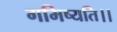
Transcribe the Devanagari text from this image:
गमिष्यति।।